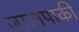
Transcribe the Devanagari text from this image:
जालपाकी